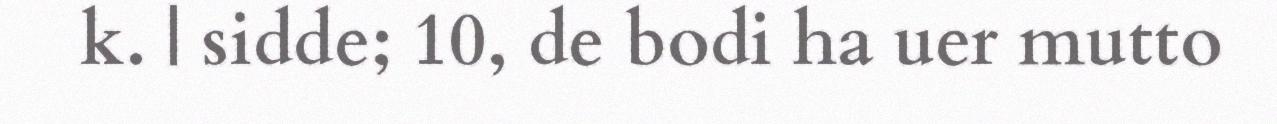
k. | sidde; 10, de bodi ha uer mutto